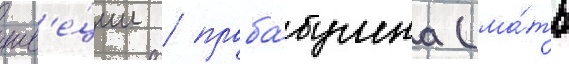
шв'е́ции / праба́бушка (ма́ть